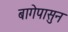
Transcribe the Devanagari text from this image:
बागेपासुन